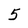
Character: 5